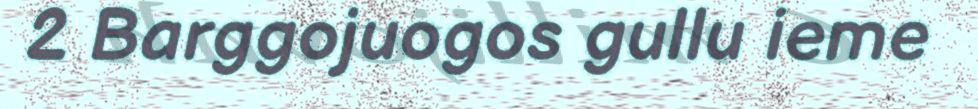
2 Barggojuogos gullu ieme